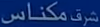
شرکت مکناس